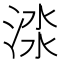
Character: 渁